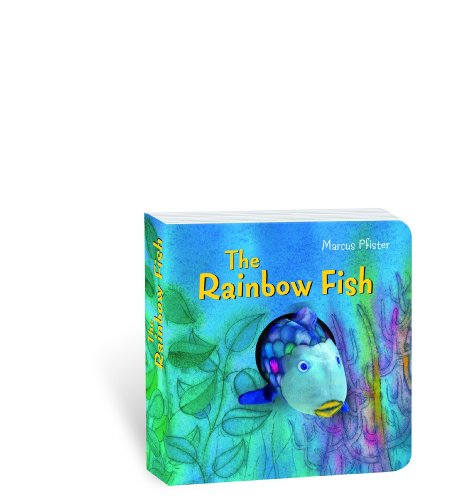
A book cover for Rainbow Fish Finger Puppet Book (Rainbow Fish (North-South Books)); Marcus Pfister; Children's Books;